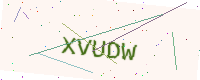
Text: XVUDW